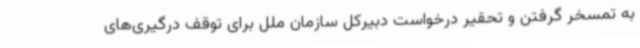
به تمسخر گرفتن و تحقیر درخواست دبیرکل سازمان ملل برای توقف درگیری‌های